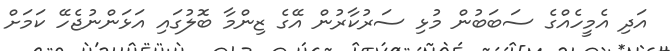
އަދި އެމީހެއްގެ ސަބަބުން މުޅި ސަރުކާރުން އޭގެ ޒިންމާ ބޮލުގައި އަޅަންނުޖެހޭ ކަމަށް